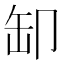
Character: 缷